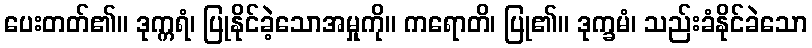
ပေးတတ်၏။ ဒုက္ကရံ၊ ပြုနိုင်ခဲ့သောအမှုကို။ ကရောတိ၊ ပြု၏။ ဒုက္ခမံ၊ သည်းခံနိုင်ခဲသော